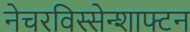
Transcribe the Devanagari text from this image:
नेचरविस्सेन्शाफ्टन